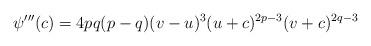
LaTeX: \begin{align*}\psi'''(c)=4 pq (p-q) (v-u)^3 (u+c)^{2p-3}(v+c)^{2q-3}\end{align*}